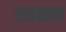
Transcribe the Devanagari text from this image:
रसस्राव